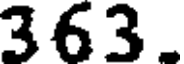
363.